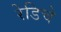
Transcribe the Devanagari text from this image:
रेडिचे